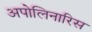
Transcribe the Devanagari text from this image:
अपोलिनारिस